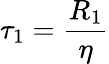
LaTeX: \tau_{1}=\frac{R_{1}}{\eta}